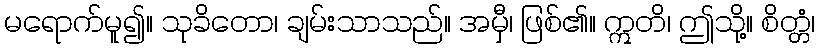
မရောက်မူ၍။ သုခိတော၊ ချမ်းသာသည်။ အမှီ၊ ဖြစ်၏။ ဣတိ၊ ဤသို့။ စိတ္တံ၊